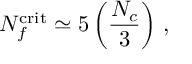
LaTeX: N _ { f } ^ { \mathrm { c r i t } } \simeq 5 \left( \frac { N _ { c } } { 3 } \right) \, ,